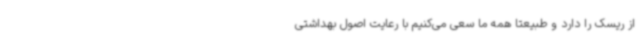
از ریسک را دارد و طبیعتا همه ما سعی می‌کنیم با رعایت اصول بهداشتی